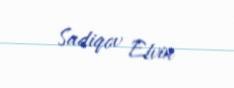
Sadiqov Elvin